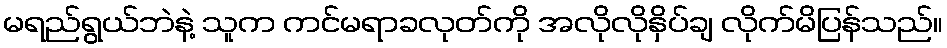
မရည်ရွယ်ဘဲနဲ့ သူက ကင်မရာခလုတ်ကို အလိုလိုနှိပ်ချ လိုက်မိပြန်သည်။